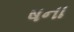
ષના